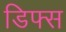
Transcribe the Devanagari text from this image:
डिफ्स